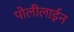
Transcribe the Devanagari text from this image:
पोलीलाईन